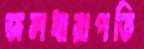
জলধারাপতি